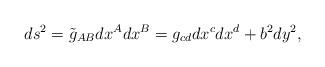
\begin{align*}ds^{2}=\tilde{g}_{AB}dx^A dx^B = g_{cd} dx^{c}dx^{d} + b^{2}dy^{2},\end{align*}